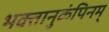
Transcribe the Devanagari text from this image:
भक्तानुकंपिनम्